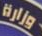
وزارة